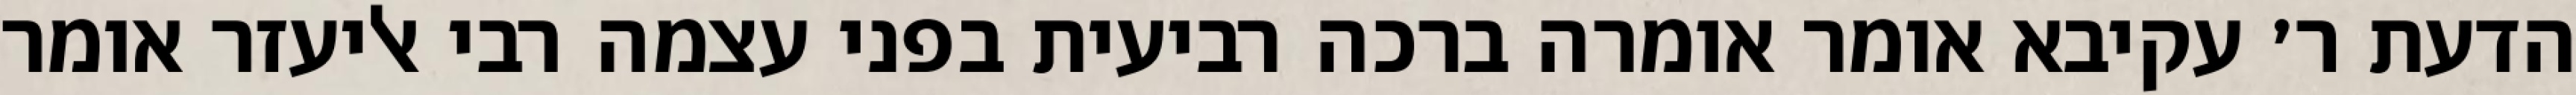
הדעת ר׳ עקיבא אומר אומרה ברכה רביעית בפני עצמה רבי אליעזר אומר